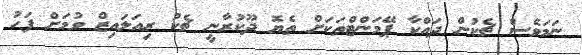
ނަމަވެސް ޗެކުން ދައްކާ ޕޭމަންޓްތަކަށް ތެޔޮ ދޫކުރާނީ ޗެކު ރިއަލައިޒް ވުމަށް ފަހު